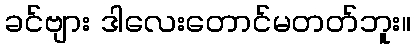
ခင်ဗျား ဒါလေးတောင်မတတ်ဘူး။